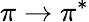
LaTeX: \pi\to\pi^{*}